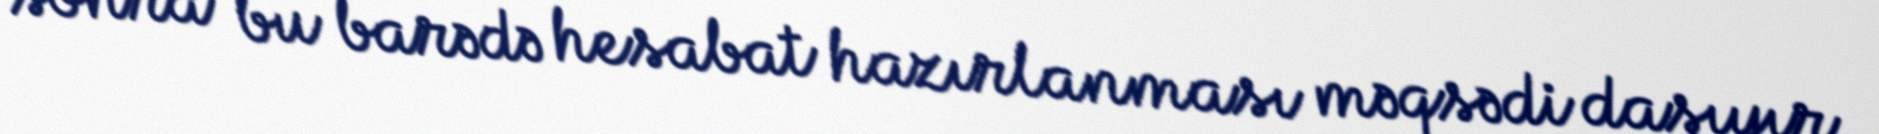
sonra bu barədə hesabat hazırlanması məqsədi daşıyır.